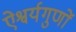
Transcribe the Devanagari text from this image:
ऐश्वर्यगुणों